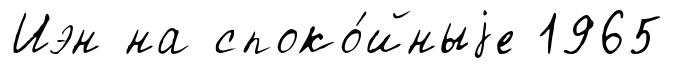
Иэн на споко́йныjе 1965